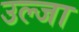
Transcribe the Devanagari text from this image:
उल्जा